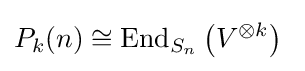
P_{k}(n)\cong {\text{End}}_{S_{n}}\left(V^{\otimes k}\right)\